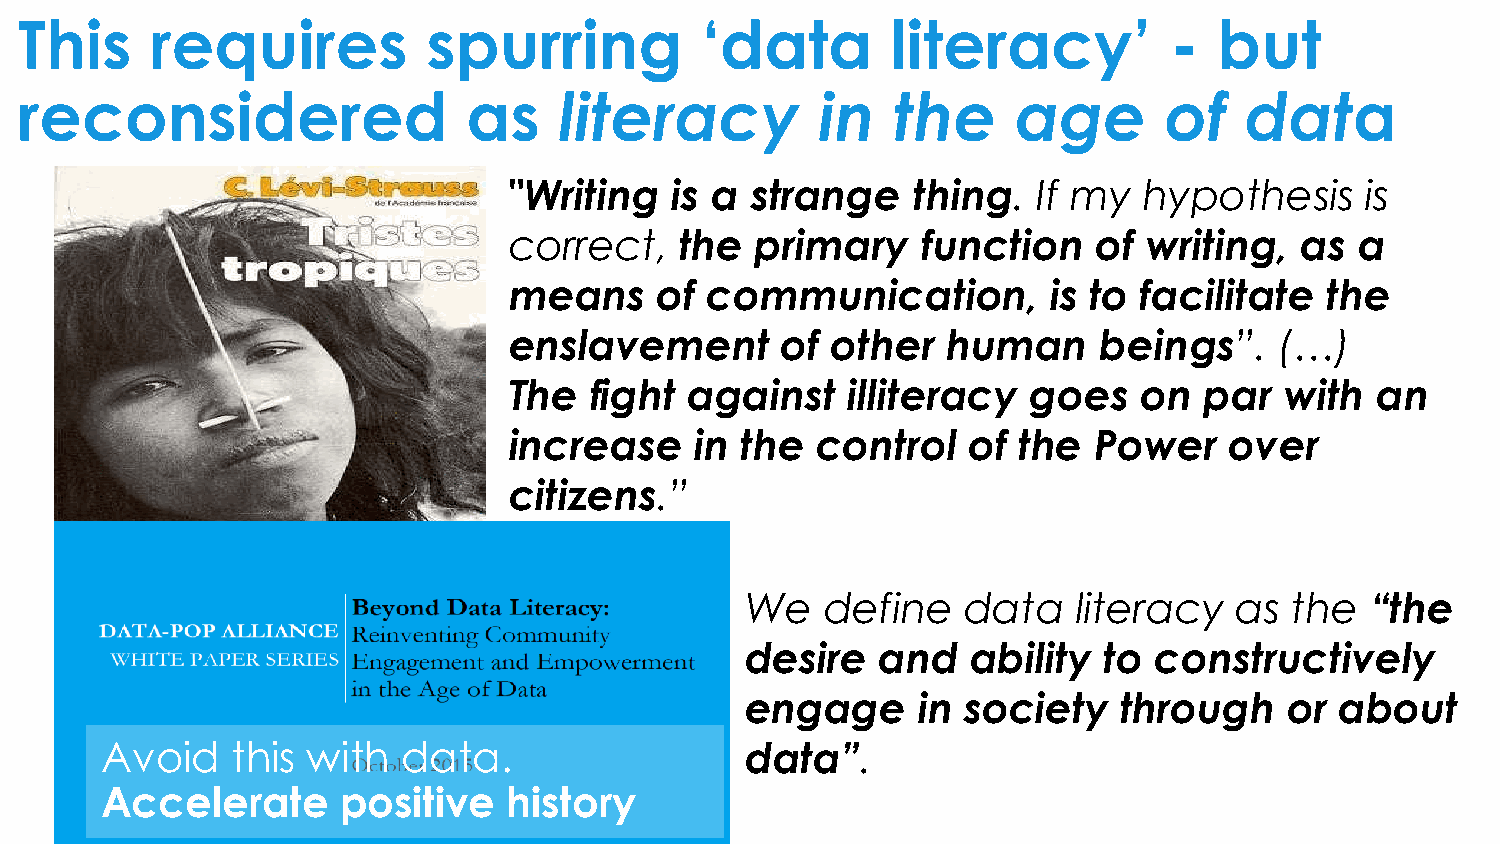
This     requires          spurring          ‘data        literacy’         -   but
 reconsidered                  as    literacy         in   the     age       of   data
 "Writing  is a  strange   thing.   If my  hypothesis    is
 correct,   the  primary    function    of writing,  as  a
 means     of communication,         is to facilitate  the
 enslavement       of other   human     beings”.    (…)
 The  fight  against   illiteracy  goes    on  par  with  an
 increase    in the  control   of the  Power    over
 citizens.”
 We    define   data   literacy   as the   “the
 desire   and   ability  to constructively
 engage      in society   through    or  about
 Avoid   this with   data.                 data”.
 Accelerate      positive   history